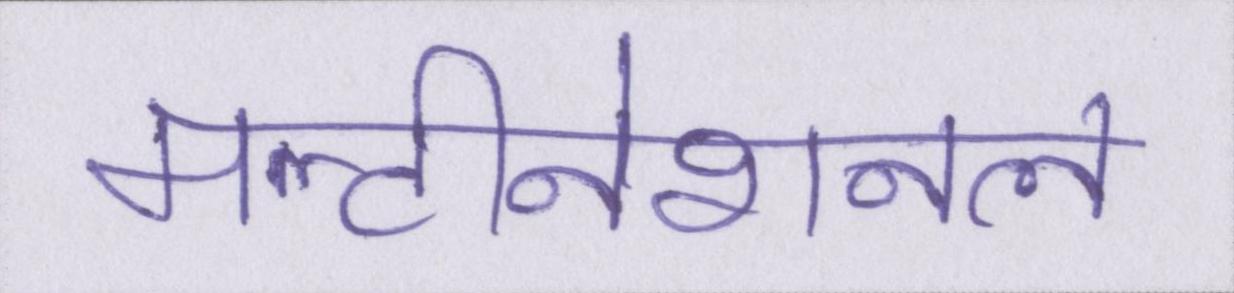
मल्टीनेशनल